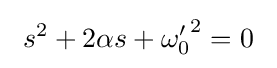
\ s^{2}+2\alpha s+{\omega '_{0}}^{2}=0\